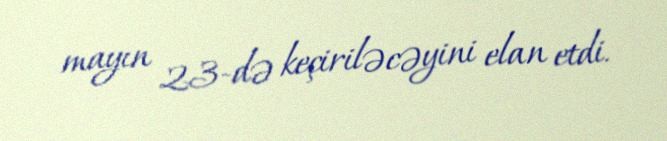
mayın 23-də keçiriləcəyini elan etdi.